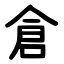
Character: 倉